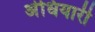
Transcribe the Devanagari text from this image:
अंधियारी